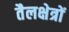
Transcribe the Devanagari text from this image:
तैलक्षेत्रों